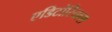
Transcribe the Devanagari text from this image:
एडिटोरियल्स